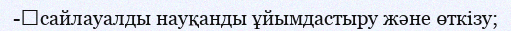
-	сайлауалды науқанды ұйымдастыру және өткізу;